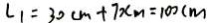
L 1 = 3 0 c m + 7 x _ { m } = 1 0 0 c m